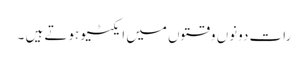
رات دونوں وقتوں میں ایکٹیو ہوتے ہیں ۔